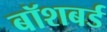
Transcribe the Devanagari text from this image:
बॉशबर्ड